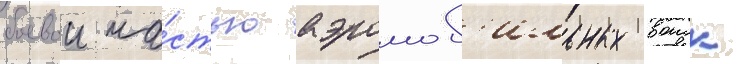
боевои ча́стью аэромоб'ильных воиск